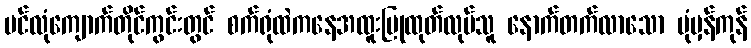
ပင်လုံကျောက်တိုင်ကွင်းတွင် စက်ရုံထဲကနေအထူးပြုထုတ်လုပ်သူ နောက်တက်လာသော ပုံမှန်ကုန်